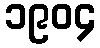
၁၉၀၄